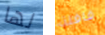
لها قافلة